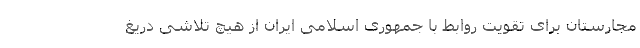
مجارستان برای تقویت روابط با جمهوری اسلامی ایران از هیچ تلاشی دریغ